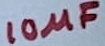
Text: 10µF